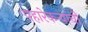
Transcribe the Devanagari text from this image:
पहारेकर्‍यांची